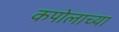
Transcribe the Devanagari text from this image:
कपोलाच्या